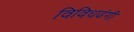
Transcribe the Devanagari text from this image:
विविधढंगी